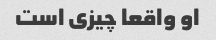
او واقعا چیزی است